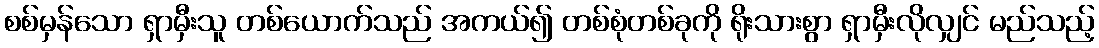
စစ်မှန်သော ရှာမှီးသူ တစ်ယောက်သည် အကယ်၍ တစ်စုံတစ်ခုကို ရိုးသားစွာ ရှာမှီးလိုလျှင် မည်သည့်